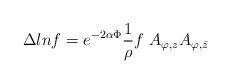
LaTeX: \begin{align*}\Delta lnf=e^{-2\alpha\Phi}{1\over\rho}f\ A_{\varphi,z}A_{\varphi,\bar z}\end{align*}